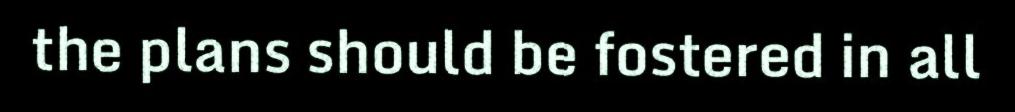
the plans should be fostered in all